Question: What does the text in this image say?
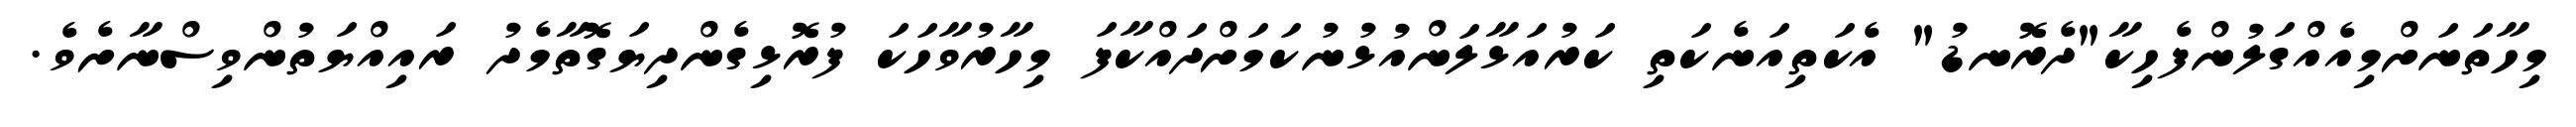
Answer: މިހާތަނަށްމިއެއްގަލުންފެހިކާ"ދެރޮނޑު" އެކަތިއަނެކަތި ކަރުއަޅާލަންއުޅުނުކަމަށްދައްކާފަ މިހާރުވާހަކަ ފުރޮޅިގެންދިޔަގޮތާމެދު ރައިއްޔަތުންވިސްނާށެވެ.